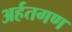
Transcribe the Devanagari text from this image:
अर्हतगण